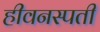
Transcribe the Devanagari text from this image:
हीवनस्पती